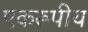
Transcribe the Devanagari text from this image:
एकरूपीय